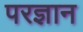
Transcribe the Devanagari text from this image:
परज्ञान